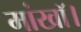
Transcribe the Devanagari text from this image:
मांखॉ।